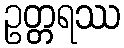
ဥတ္တရဿ